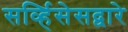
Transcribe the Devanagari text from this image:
सर्व्हिसेसद्वारे